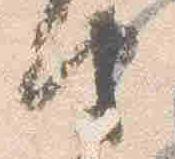
由